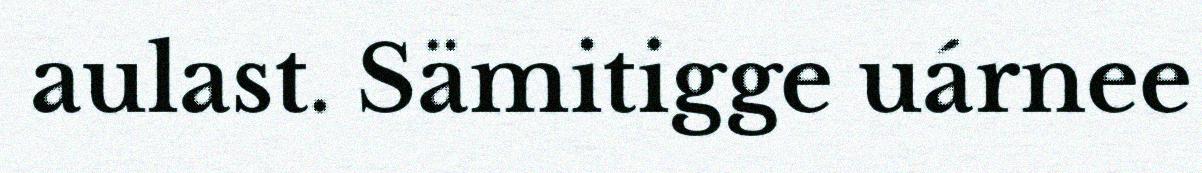
aulast. Sämitigge uárnee